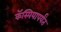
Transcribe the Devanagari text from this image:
कॅस्पियापर्यंत